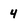
Character: 4